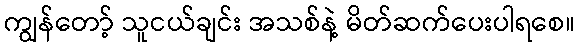
ကျွန်တော့် သူငယ်ချင်း အသစ်နဲ့ မိတ်ဆက်ပေးပါရစေ။